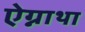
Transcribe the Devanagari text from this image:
ऐग्नाथा